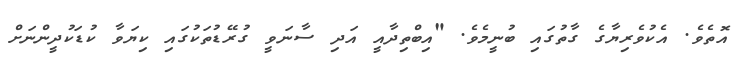
އޮތެވެ. އެކުވެރިޔާގެ ގާތުގައި ބުނީމެވެ. "އިބްތިދާއީ އަދި ސާނަވީ ގުރޭޑުތަކުގައި ކިޔަވާ ކުޑަކުދީންނަށް